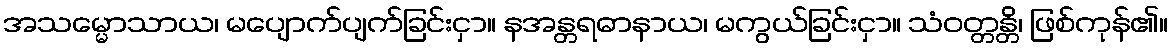
အသမ္မောသာယ၊ မပျောက်ပျက်ခြင်းငှာ။ နအန္တရဓာနာယ၊ မကွယ်ခြင်းငှာ။ သံဝတ္တန္တိ၊ ဖြစ်ကုန်၏။